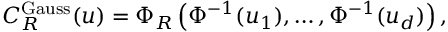
C _ { R } ^ { \mathrm { G a u s s } } ( u ) = \Phi _ { R } \left( \Phi ^ { - 1 } ( u _ { 1 } ) , \dots , \Phi ^ { - 1 } ( u _ { d } ) \right) ,